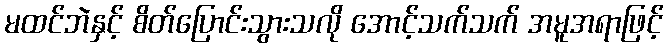
မထင်ဘဲနှင့် စိတ်ပြောင်းသွားသလို အောင့်သက်သက် အမူအရာဖြင့်